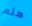
هلم